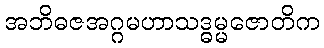
အဘိဓဇအဂ္ဂမဟာသဒ္ဓမ္မဇောတိက